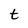
Character: t